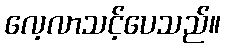
လေ့လာသင့်ပေသည်။